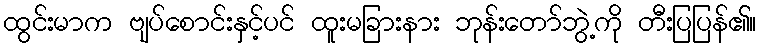
ထွင်းမာက ဗျပ်စောင်းနှင့်ပင် ထူးမခြားနား ဘုန်းတော်ဘွဲ့ကို တီးပြပြန်၏။